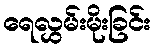
ရေလွှမ်းမိုးခြင်း